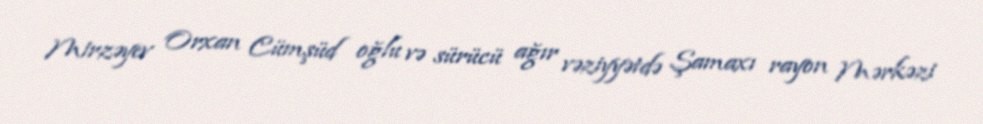
Mirzəyev Orxan Cümşüd oğlu və sürücü ağır vəziyyətdə Şamaxı rayon Mərkəzi